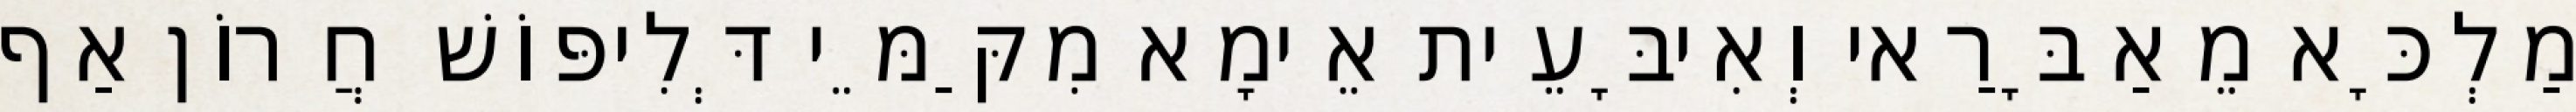
מַלְכָּא מֵאַבָּרַאי וְאִיבָּעֵית אֵימָא מִקַּמֵּי דְּלִיפּוֹשׁ חֲרוֹן אַף